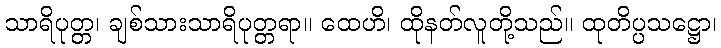
သာရိပုတ္တ၊ ချစ်သားသာရိပုတ္တရာ။ ထေဟိ၊ ထိုနတ်လူတို့သည်။ ထုတိပ္ပသဋ္ဌော၊